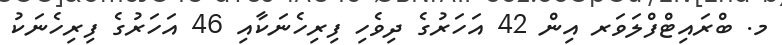
މ. ބްރައިޓްފްލަވަރ އިން 42 އަހަރުގެ ދިވެހި ފިރިހެނަކާއި 46 އަހަރުގެ ފިރިހެނަކު